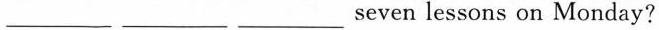
___seven lessons on Monday?